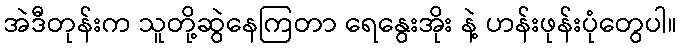
အဲဒီတုန်းက သူတို့ဆွဲနေကြတာ ရေနွေးအိုး နဲ့ ဟန်းဖုန်းပုံတွေပါ။